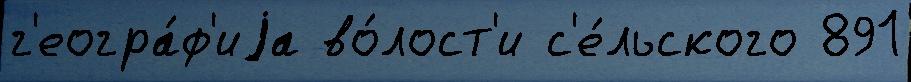
г'еогра́ф'иjа во́лост'и с'е́льского 891